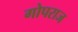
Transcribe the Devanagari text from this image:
गोपराज